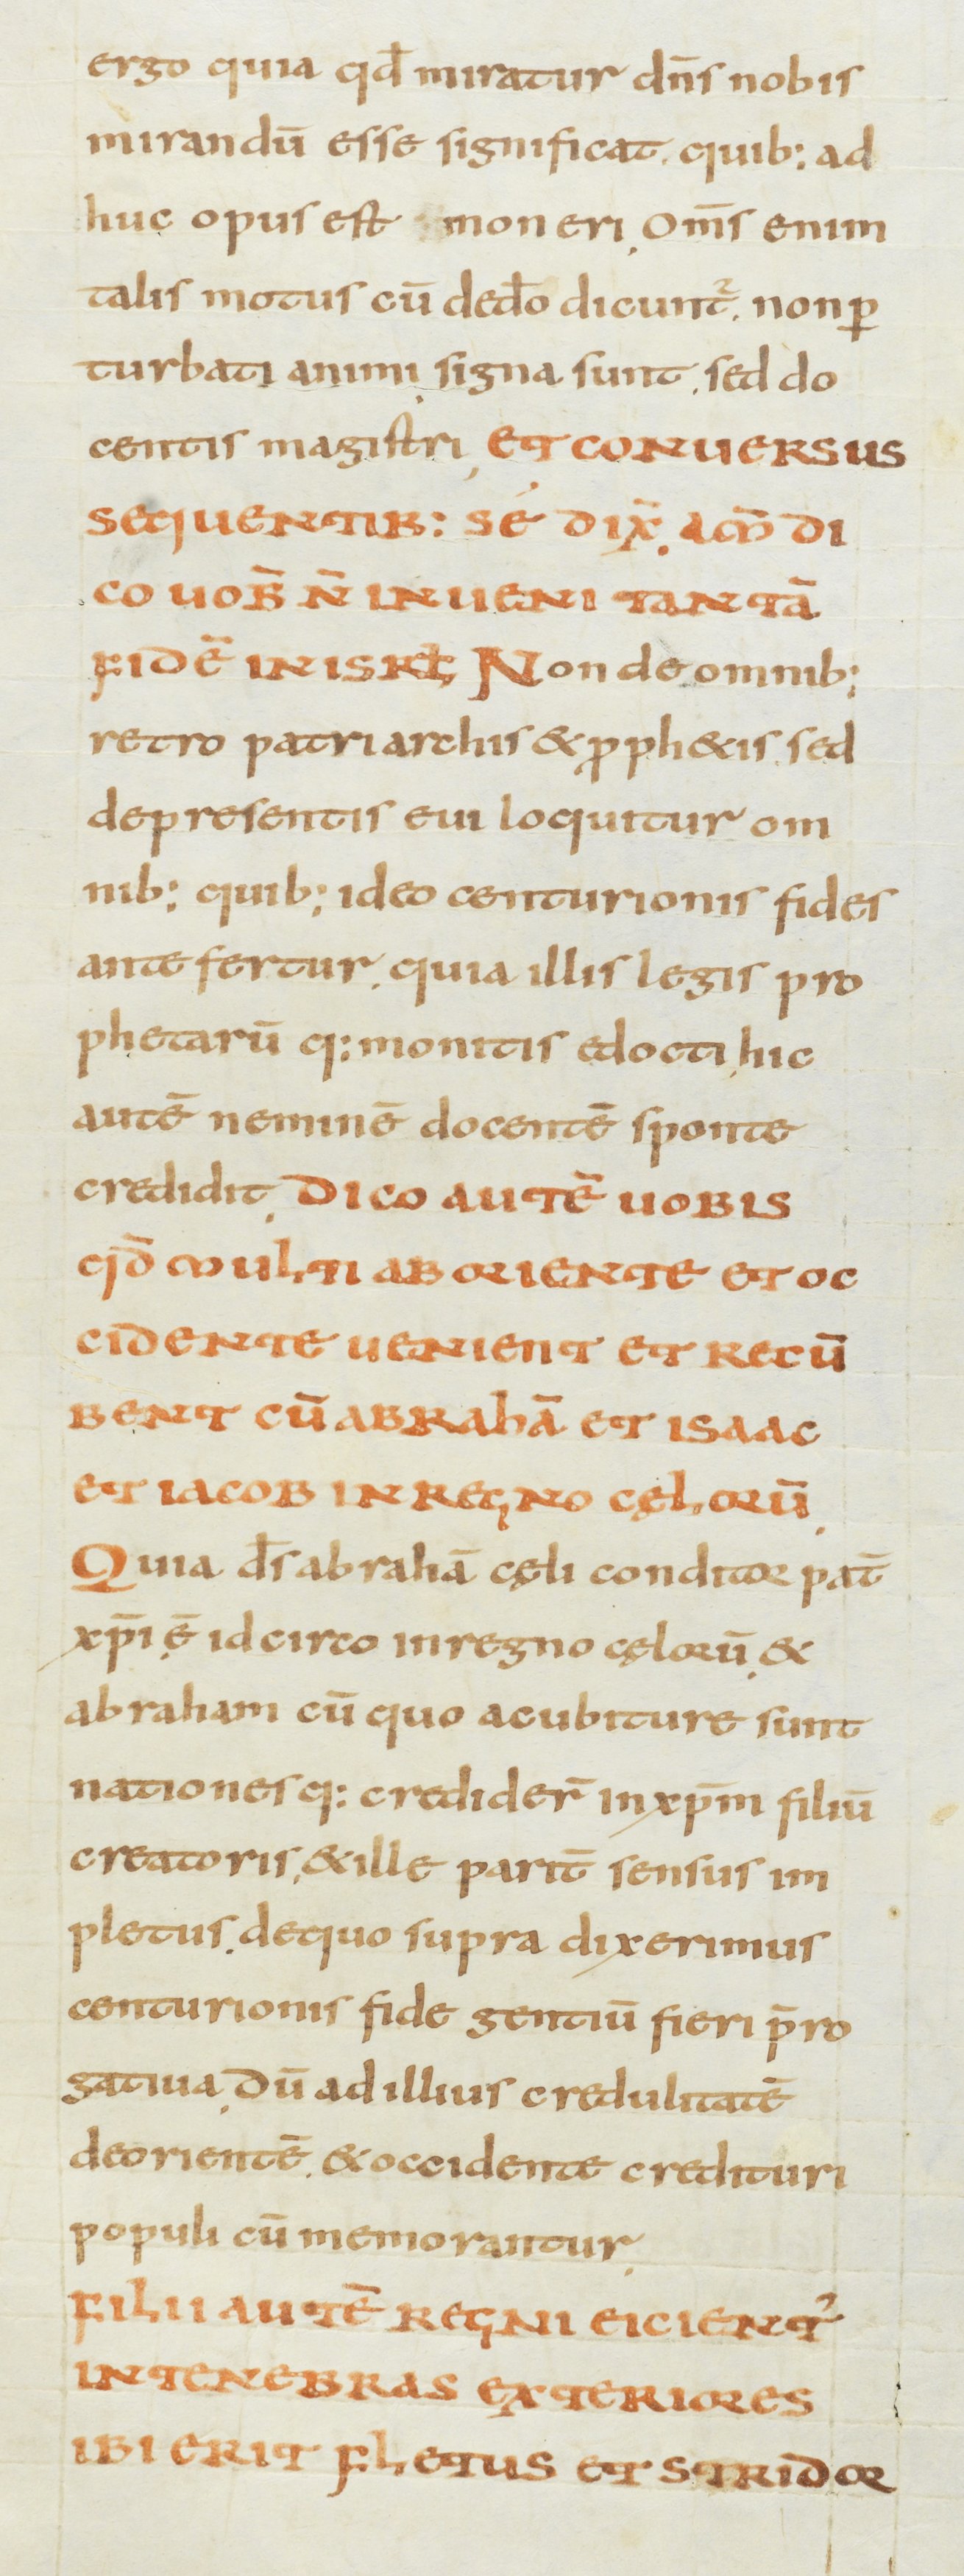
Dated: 800–899